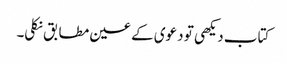
کتاب دیکھی تو دعوی کے عین مطابق نکلی۔